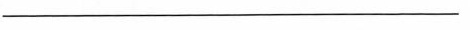
___